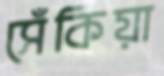
সেঁকিয়া